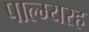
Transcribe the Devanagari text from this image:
पाल्म्यरह